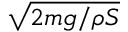
\sqrt { 2 m g / \rho S }